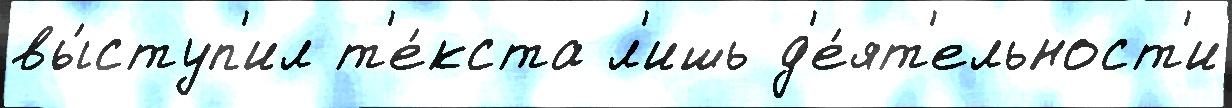
вы́ступ'ил т'е́кста л'ишь д'е́ят'ельност'и